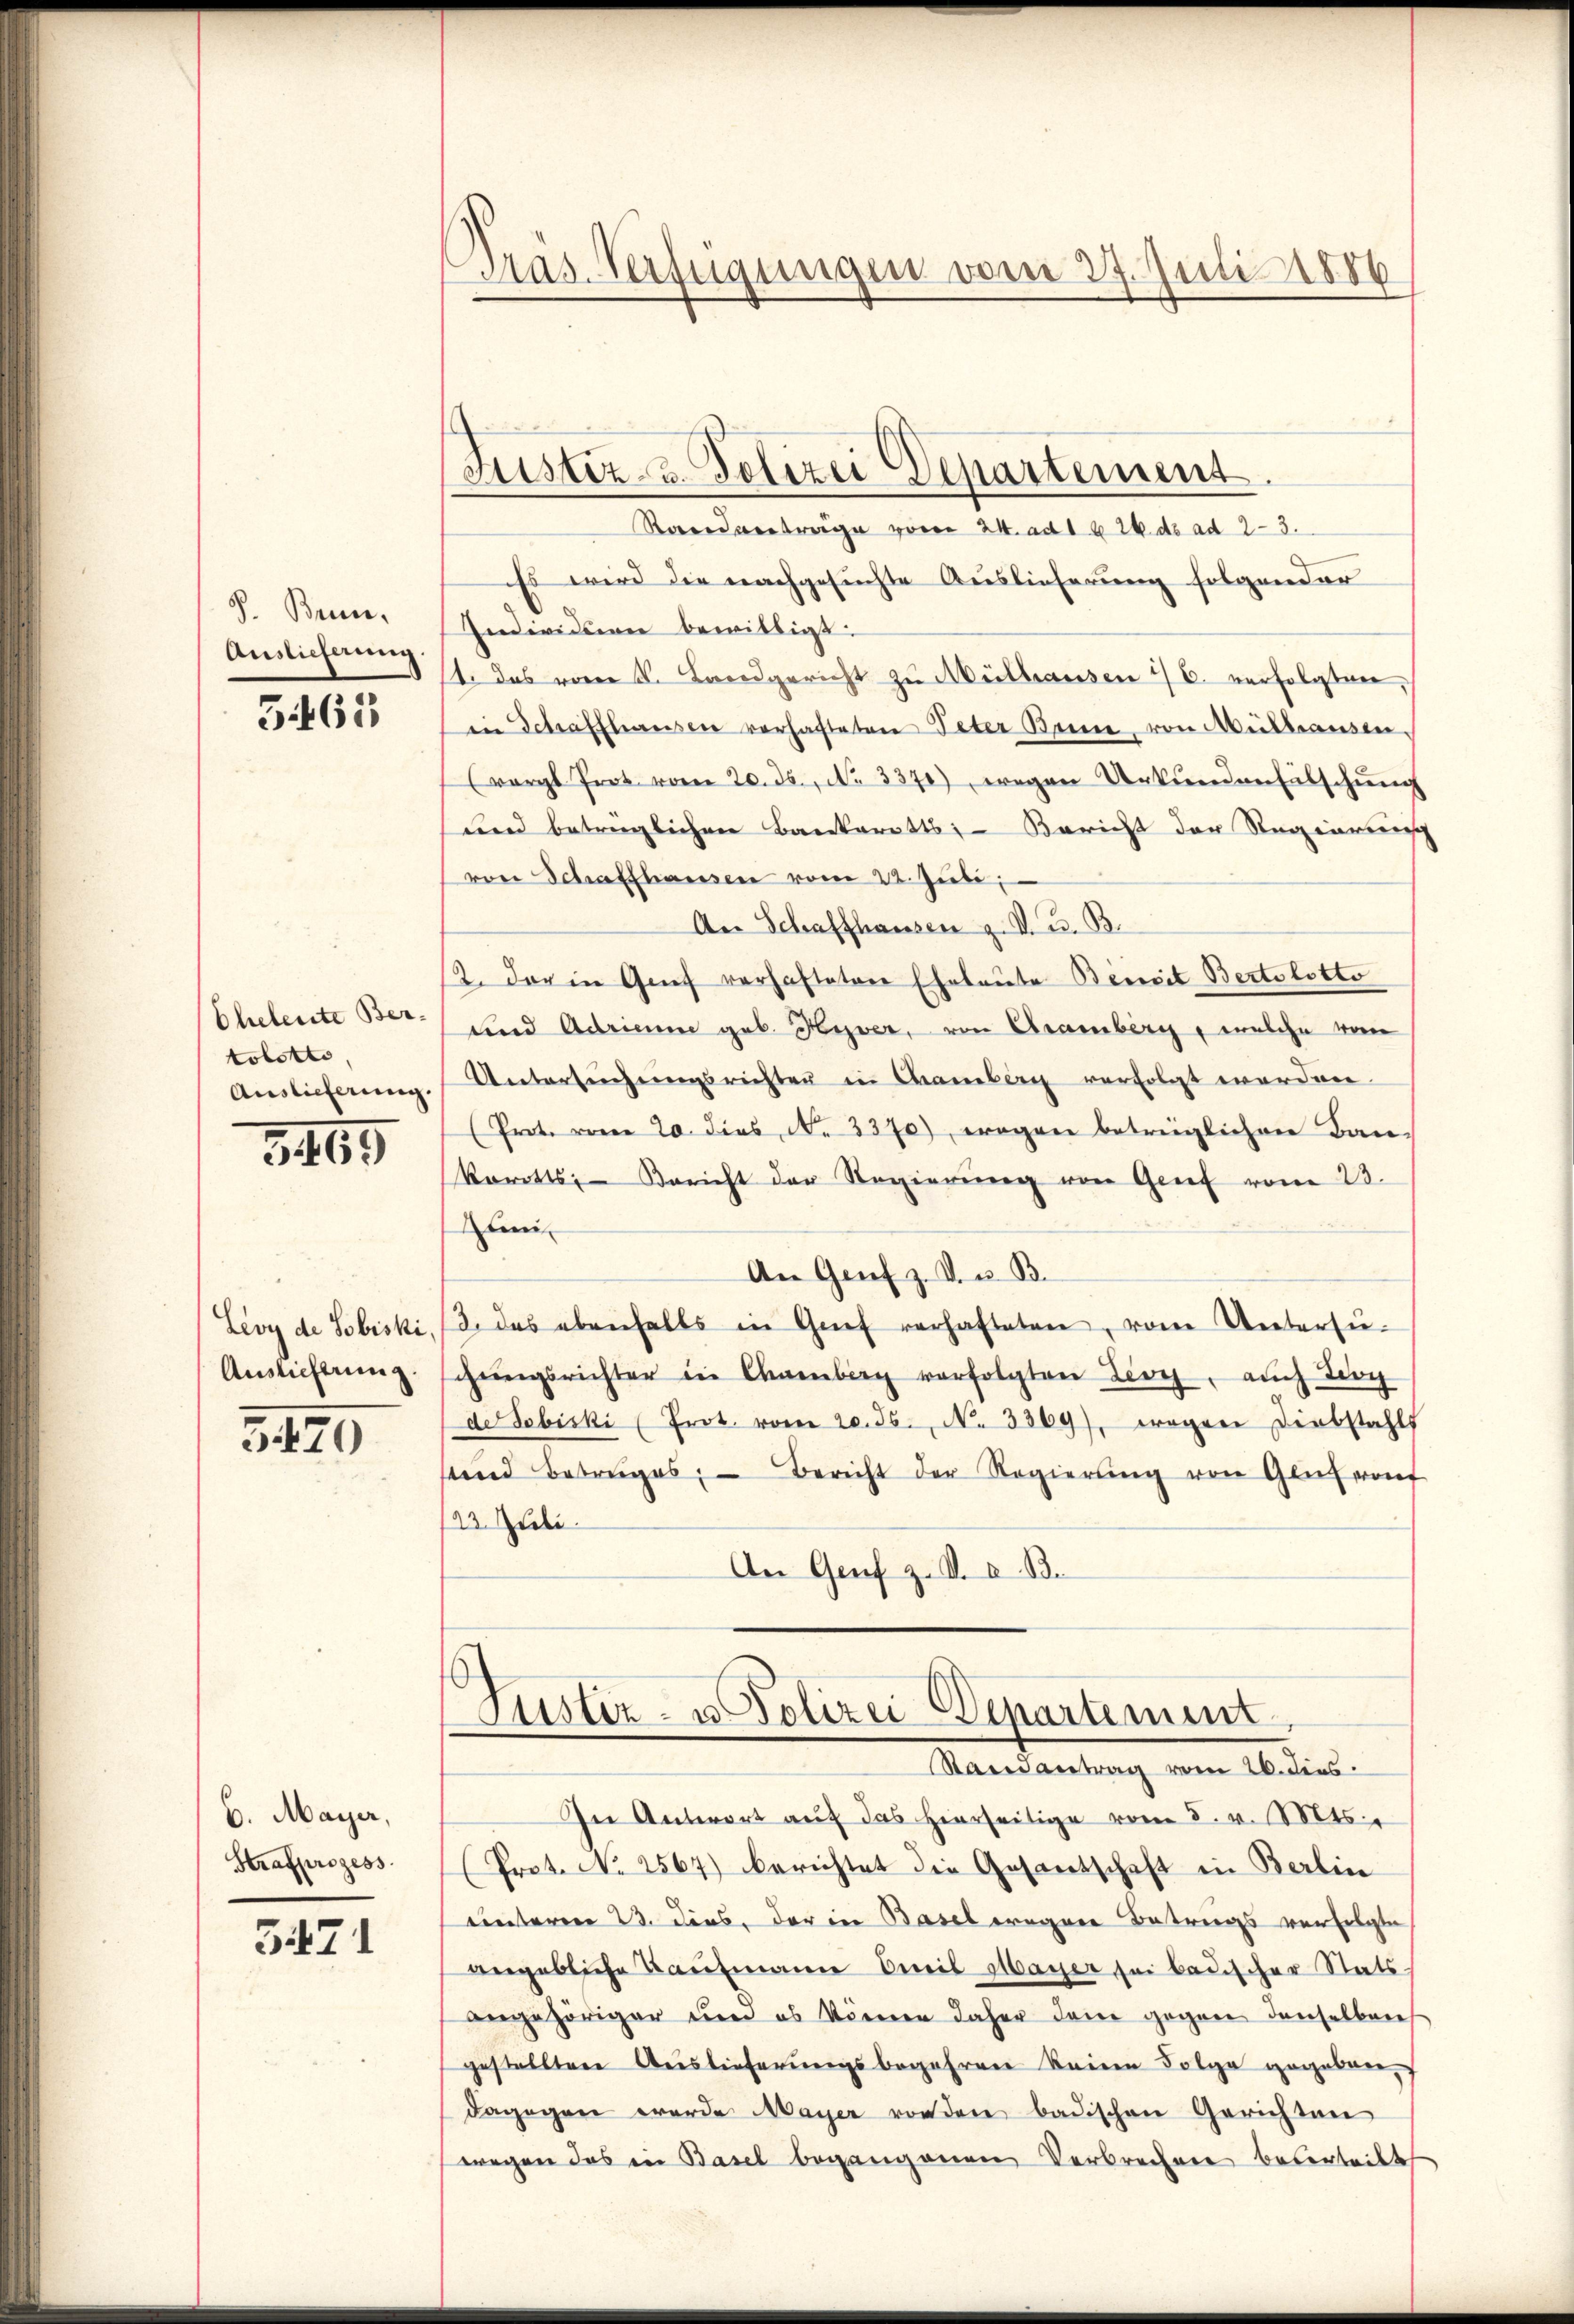
S. Bern,
Auslieferung.

5461

Eheleute Bertobotto
Auslieferung.

3469

Lioy de Sobiski,
Auslieferung.

3470

6. Mayer,
Strafprozess

5471

Gras. Verfügungen vom 27. Juni 1886

Justiz- & Polizei Departement.
Randantrage vom 24. ad 1 u 26. ds ad 23.
Es wird die nachgesuchte Auslieferung folgender
Individuen bewilligt.
1. Das vom K. Landgericht zu Mülhausen 1/6. verfolgten,
in Schaffhausen verhafteten Peter Benne, von Müllerausen.
(vergl. Prot. vom 20. ds., No. 337), wegen Urkunden Fälschung
und beträglichen Bankarotts. — Bericht der Regierung
von Schaffhausen vom 22. Juli,
An Schaffhausen z. V. B. B.
2. Der in Genf verhafteten Eheleute Bemit Bertolotto
und Adrienm geb. Hizver, von Cramberg, welche vom
Untersuchungsrichten in Chamberg verfolgt worden.
(Prot. vom 20. dies N. 3370), wegen betrüglichen Bau-
karotts, Bericht der Regierŭng von Genf vom 23.
mi
An Genf z. B. u. B.
3. das ebenfalls in Genf verhafteten, vom Untersugungsrichter in Ehrenberg verfolgten Lioy, auch Berg
de Tobiski (Prot. vom 20. 36. No. 3369), wegen Diebstahls
stand Betruges. Bericht der Regierŭng von Glut von
122. Juli.
An Genf z. V. a. B.
Justiz- u. Polizei Departemen
Standertrag vom 26. dies
In Antwort aŭf das hierseitige vom 5. v. Mts.
(Prot. No 2567) berichtet die Gesantschaft in Berlin
unteren 23. dies, der in Basel wegen Betriegs verfolgte
angebliche Kaufmann Dueil Mayer sei badischer Stats
angehöriger und es können daher dem gegen denselbares
gestelltene Auslieferungsbegehren keine Folge gegeben,
dagegen werde Mayer vorden badischen Gerichten
wegen das in Basel begangenen Verbrechen beserteilt